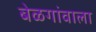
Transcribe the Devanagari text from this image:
बेळगांवाला